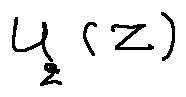
u _ { 2 } ( z )